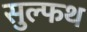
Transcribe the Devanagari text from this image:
सुल्फथ